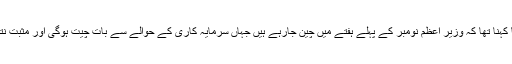
صدر مملکت کا کہنا تھا کہ وزیر اعظم نومبر کے پہلے ہفتے میں چین جارہے ہیں جہاں سرمایہ کاری کے حوالے سے بات چیت ہوگی اور مثبت نتائج کی امید ہے۔